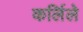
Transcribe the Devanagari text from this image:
कर्लिले